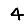
Digit: 4